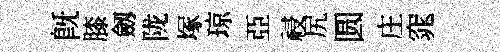
既膝劔陇塚琼亞祲尻圆庄窕